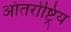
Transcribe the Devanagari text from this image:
आंतर्राष्ट्रिय